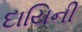
દાયિની